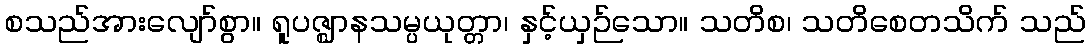
စသည်အားလျော်စွာ။ ရူပဇ္ဈာနသမ္ပယုတ္တာ၊ နှင့်ယှဉ်သော။ သတိစ၊ သတိစေတသိက် သည်